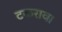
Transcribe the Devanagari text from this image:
टकराव।